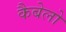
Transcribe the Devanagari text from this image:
कैबेलो